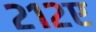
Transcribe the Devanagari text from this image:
२१२ए